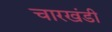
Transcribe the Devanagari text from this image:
चारखंडी